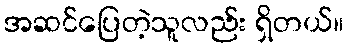
အဆင်ပြေတဲ့သူလည်း ရှိတယ်။